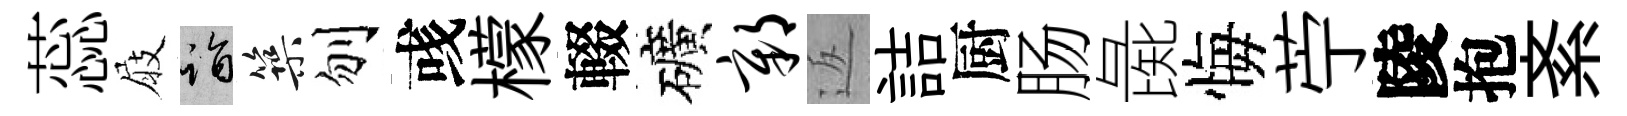
蕊屐诣築刎彧檬輟礦鄣返詰厨肠彘悔苧陵抱紊